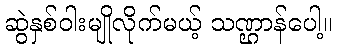
ဆွဲနှစ်ဝါးမျိုလိုက်မယ့် သဏ္ဌာန်ပေါ့။